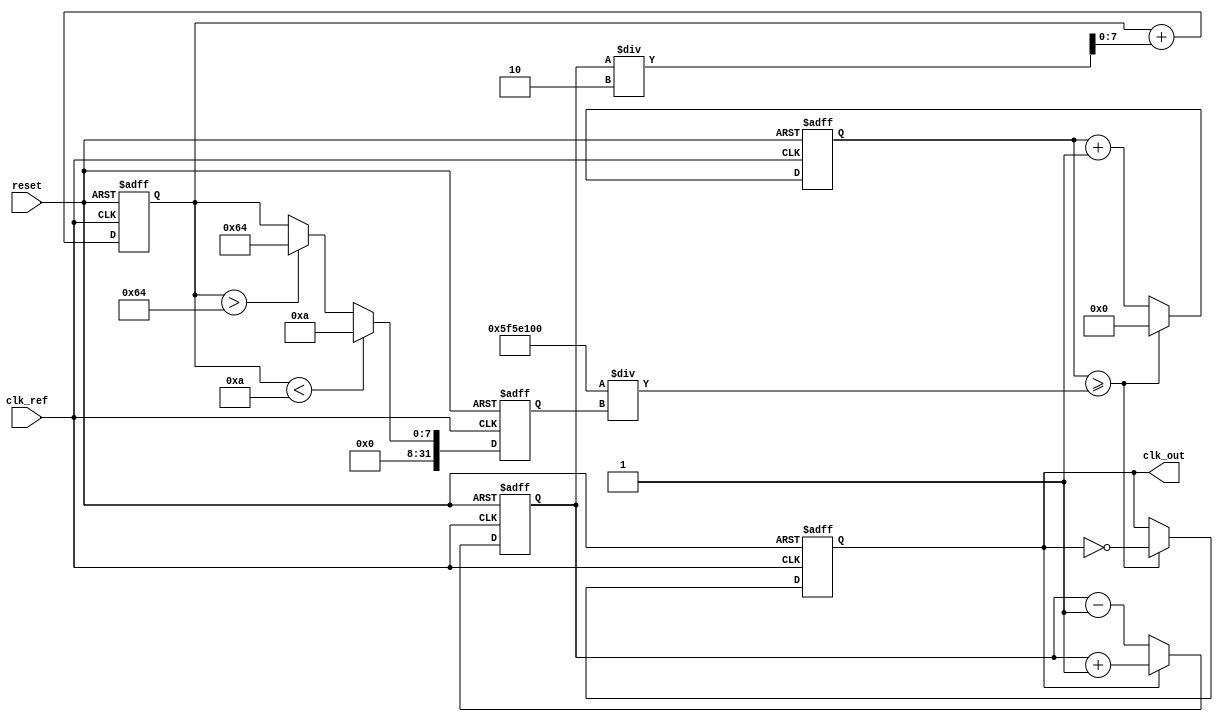
module type2_PLL (
    input wire clk_ref,         // Reference clock input
    input wire reset,          // Asynchronous reset
    output reg clk_out         // Output clock
);

    // Parameters for VCO and filter
    parameter VCO_MAX_FREQ = 100; // Max VCO frequency
    parameter VCO_MIN_FREQ = 10;   // Min VCO frequency
    parameter LPF_GAIN = 2;        // Gain of the low-pass filter

    // Internal signals
    reg [7:0] phase_err;          // Phase error signal
    reg [7:0] control_voltage;     // Control voltage for VCO
    reg [31:0] vco_counter;        // VCO counter
    reg [31:0] vco_freq;           // Current frequency of VCO

    // Phase Detector (PD)
    always @(posedge clk_ref or posedge reset) begin
        if (reset) begin
            phase_err <= 0;
        end else begin
            // Compare reference clock with feedback clock
            // Assuming feedback clock is generated using clk_out
            if (clk_out) begin
                phase_err <= phase_err + 1; // Lagging
            end else begin
                phase_err <= phase_err - 1; // Leading
            end
        end
    end

    // Low-Pass Filter (LPF)
    always @(posedge clk_ref or posedge reset) begin
        if (reset) begin
            control_voltage <= 0;
        end else begin
            // Simple integrative filter (for illustration)
            control_voltage <= control_voltage + (phase_err / LPF_GAIN);
        end
    end

    // Voltage-Controlled Oscillator (VCO)
    always @(posedge clk_ref or posedge reset) begin
        if (reset) begin
            vco_counter <= 0;
            clk_out <= 0;
            vco_freq <= VCO_MIN_FREQ; // Start at minimum frequency
        end else begin
            // Update VCO frequency based on control voltage
            if (control_voltage < VCO_MIN_FREQ) begin
                vco_freq <= VCO_MIN_FREQ;
            end else if (control_voltage > VCO_MAX_FREQ) begin
                vco_freq <= VCO_MAX_FREQ;
            end else begin
                vco_freq <= control_voltage;
            end

            // Generate VCO clock signal based on current frequency
            vco_counter <= vco_counter + 1;
            if (vco_counter >= (100000000 / vco_freq)) begin // Assuming a reference clock at 100MHz
                clk_out <= ~clk_out;      // Toggle output clock signal
                vco_counter <= 0;          // Reset counter
            end
        end
    end

endmodule